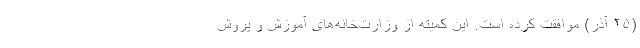
(۲۵ آذر) موافقت کرده است. این کمیته از وزارت‌خانه‌های آموزش و پروش